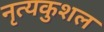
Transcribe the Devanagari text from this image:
नृत्यकुशल